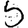
Digit: 5